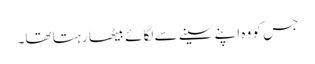
جس کو وہ اپنے سینے سے لگائے بیٹھا رہتا تھا۔